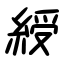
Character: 綬